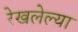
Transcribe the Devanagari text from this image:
रेखलेल्या